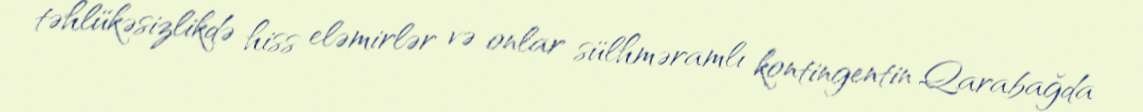
təhlükəsizlikdə hiss eləmirlər və onlar sülhməramlı kontingentin Qarabağda